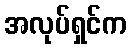
အလုပ်ရှင်က